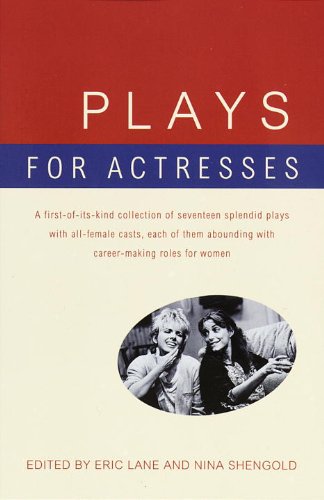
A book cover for Plays for Actresses; Literature & Fiction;